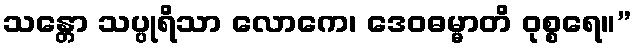
သန္တော သပ္ပုရိသာ လောကေ၊ ဒေဝဓမ္မာတိ ဝုစ္စရေ။”